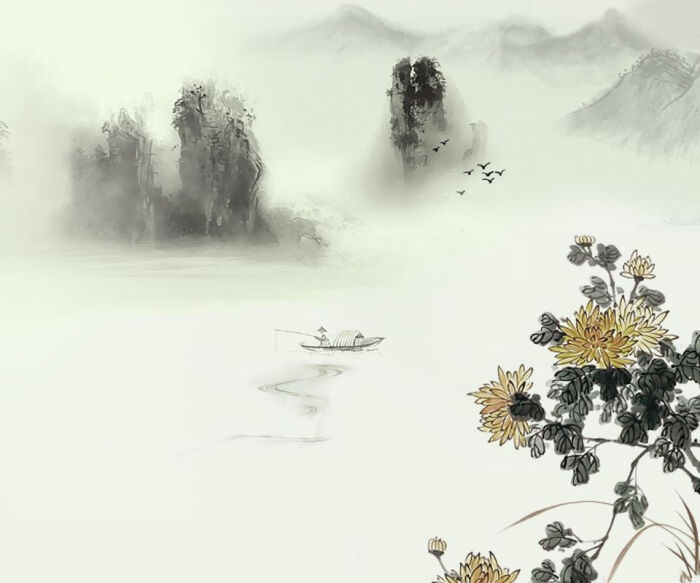
寒蝉鸣处，回首斜阳暮。